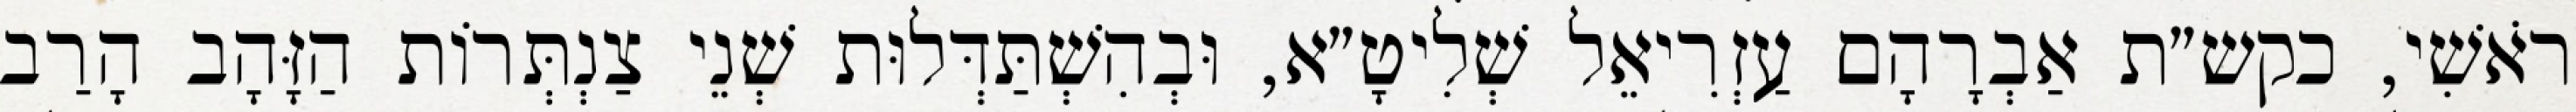
רֹאשִׁי, כקש״ת אַבְרָהָם עַזְרִיאֵל שְׁלִיטָ״א, וּבְהִשְׁתַּדְּלוּת שְׁנֵי צַנְתְּרוֹת הַזָּהָב הָרַב